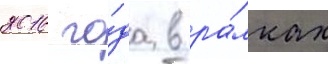
2016 го́да в ра́мках